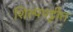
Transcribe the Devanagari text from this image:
शिल्पपट्टीत